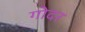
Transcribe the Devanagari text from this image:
गोदर